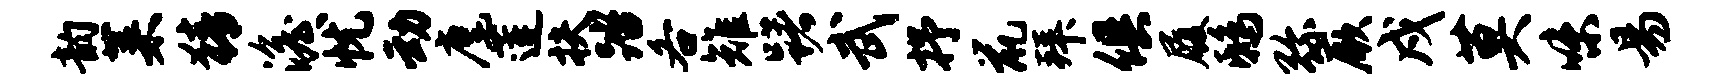
韵菜猜澹忧动麾莲扶踏各雉躇武抒鼠拜俱履鸱弥厥戍莫味易